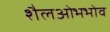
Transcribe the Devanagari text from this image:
शैलओभभोव